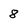
Character: 8